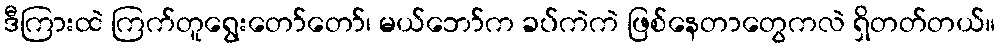
ဒီကြားထဲ ကြက်တူရွေးတော်တော်၊ မယ်ဘော်က ခပ်ကဲကဲ ဖြစ်နေတာတွေကလဲ ရှိတတ်တယ်။